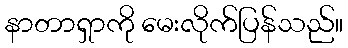
နာတာရှာကို မေးလိုက်ပြန်သည်။